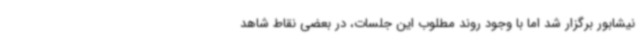
نیشابور برگزار شد اما با وجود روند مطلوب این جلسات، در بعضی نقاط شاهد